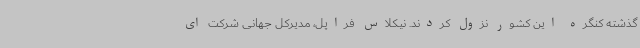
گذشته کنگره این کشور نزول کردند. نیکلاس فراپل، مدیرکل جهانی شرکت ای